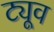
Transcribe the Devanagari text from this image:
ट्यूव